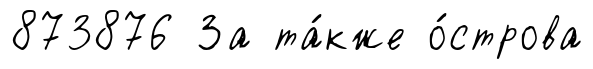
873876 За та́кже о́строва